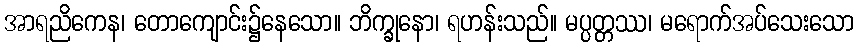
အာရညိကေန၊ တောကျောင်း၌နေသော။ ဘိက္ခုနော၊ ရဟန်းသည်။ မပ္ပတ္တဿ၊ မရောက်အပ်သေးသော